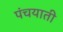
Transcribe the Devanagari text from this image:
पंचयाती